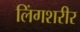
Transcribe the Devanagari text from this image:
लिंगशरीर